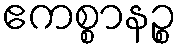
ဧကစ္စာနဉ္စ